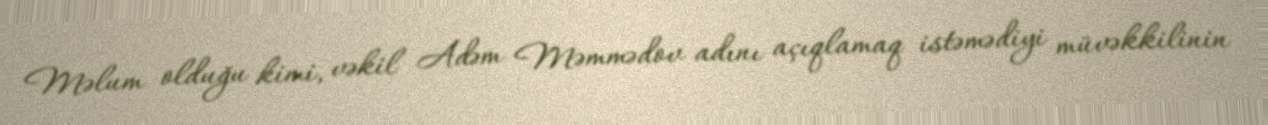
Məlum olduğu kimi, vəkil Adəm Məmmədov adını açıqlamaq istəmədiyi müvəkkilinin